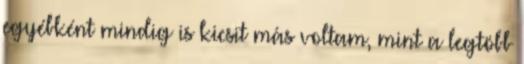
egyébként mindig is kicsit más voltam, mint a legtöbb